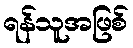
ရန်သူအဖြစ်